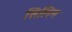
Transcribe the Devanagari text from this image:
सिलिन